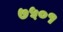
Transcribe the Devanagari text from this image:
७५०१